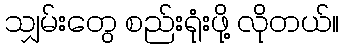
သျှမ်းတွေ စည်းရုံးဖို့ လိုတယ်။